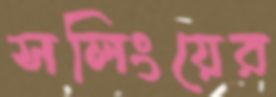
সলিংয়ের